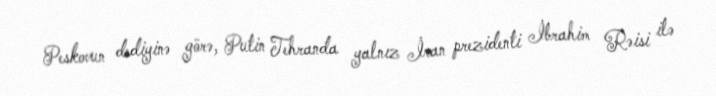
Peskovun dediyinə görə, Putin Tehranda yalnız İran prezidenti İbrahim Rəisi ilə